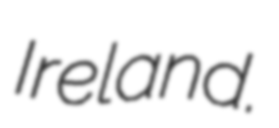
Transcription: Ireland.